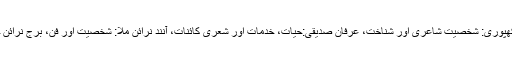
ان کی دیگر تخلیقات میں فراق گورکھپوری: شخصیت شاعری اور شناخت، عرفان صدیقی:حیات، خدمات اور شعری کائنات، آنند نرائن ملا: شخصیت اور فن، برج نرائن چکبست: شخصیت اور فن شامل ہیں۔